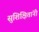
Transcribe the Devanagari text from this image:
सुशिक्षितांनी